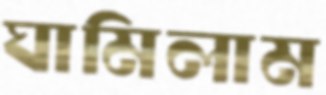
ঘামিলাম